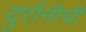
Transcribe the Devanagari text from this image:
दुर्रानीची